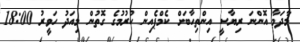
މާދަމާ އޮންނަ ރިޔާސީ އިންތިހާބަށް ކެމްޕެއިން ކުރުމުގެ ގޮތުން މިއަދު ހަވީރު 18:00